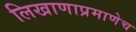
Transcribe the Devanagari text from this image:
लिखाणाप्रमाणेच